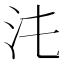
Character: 𣲃